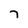
Character: 7